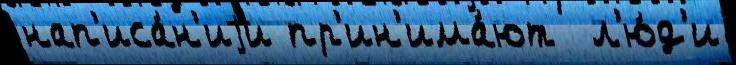
нап'иса́н'иjи пр'ин'има́ют  л'ю́д'и